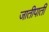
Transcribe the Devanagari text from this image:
जातीपाती